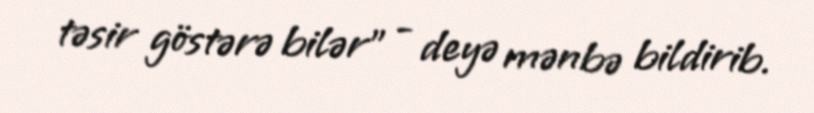
təsir göstərə bilər" - deyə mənbə bildirib.